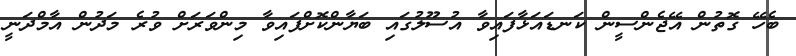
ބެހޭ ގޮތުން އޭޖެންސީން ކަނޑައަޅާފައިވާ އުސޫލުގައި ބަޔާންކޮށްފައިވާ މިންވަރަށް ވުރެ މަދުން އާމްދަނީ